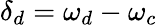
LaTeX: \delta_{d}=\omega_{d}-\omega_{c}